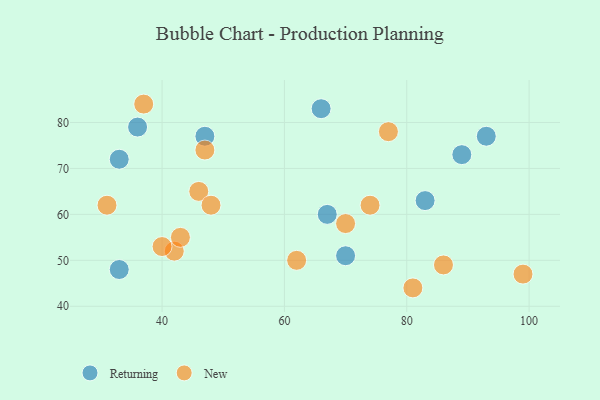
{"axis": {"x": "GDP", "y": "Life Expectancy"}, "legend": ["New", "Returning"], "data": [{"x": "67", "y": 60, "type": "Returning"}, {"x": "89", "y": 73, "type": "Returning"}, {"x": "70", "y": 51, "type": "Returning"}, {"x": "66", "y": 83, "type": "Returning"}, {"x": "93", "y": 77, "type": "Returning"}, {"x": "33", "y": 72, "type": "Returning"}, {"x": "47", "y": 77, "type": "Returning"}, {"x": "83", "y": 63, "type": "Returning"}, {"x": "33", "y": 48, "type": "Returning"}, {"x": "36", "y": 79, "type": "Returning"}, {"x": "77", "y": 78, "type": "New"}, {"x": "37", "y": 84, "type": "New"}, {"x": "42", "y": 52, "type": "New"}, {"x": "74", "y": 62, "type": "New"}, {"x": "86", "y": 49, "type": "New"}, {"x": "31", "y": 62, "type": "New"}, {"x": "46", "y": 65, "type": "New"}, {"x": "43", "y": 55, "type": "New"}, {"x": "70", "y": 58, "type": "New"}, {"x": "99", "y": 47, "type": "New"}, {"x": "40", "y": 53, "type": "New"}, {"x": "48", "y": 62, "type": "New"}, {"x": "62", "y": 50, "type": "New"}, {"x": "47", "y": 74, "type": "New"}, {"x": "81", "y": 44, "type": "New"}]}